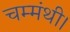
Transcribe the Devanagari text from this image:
चम्मंथी।